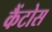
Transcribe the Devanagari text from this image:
कैंटोस